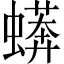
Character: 蠎